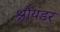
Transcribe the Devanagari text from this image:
श्रौयडर